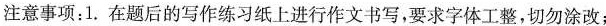
注意事项：1.在题后的写作练习纸上进行作文书写，要求字体工整，切勿涂改；